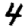
Digit: 4